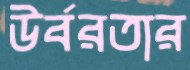
উর্বরতার